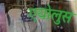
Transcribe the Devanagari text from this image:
एयोलुस